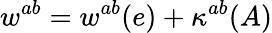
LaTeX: w^{ab}=w^{ab}(e)+\kappa^{ab}(A)